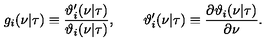
g _ { i } ( \nu | \tau ) \equiv { \frac { \vartheta _ { i } ^ { \prime } ( \nu | \tau ) } { \vartheta _ { i } ( \nu | \tau ) } } , \qquad \vartheta _ { i } ^ { \prime } ( \nu | \tau ) \equiv { \frac { \partial \vartheta _ { i } ( \nu | \tau ) } { \partial \nu } } .